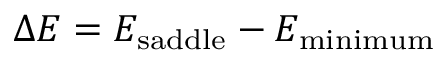
\Delta E = E _ { \mathrm { s a d d l e } } - E _ { \mathrm { m i n i m u m } }